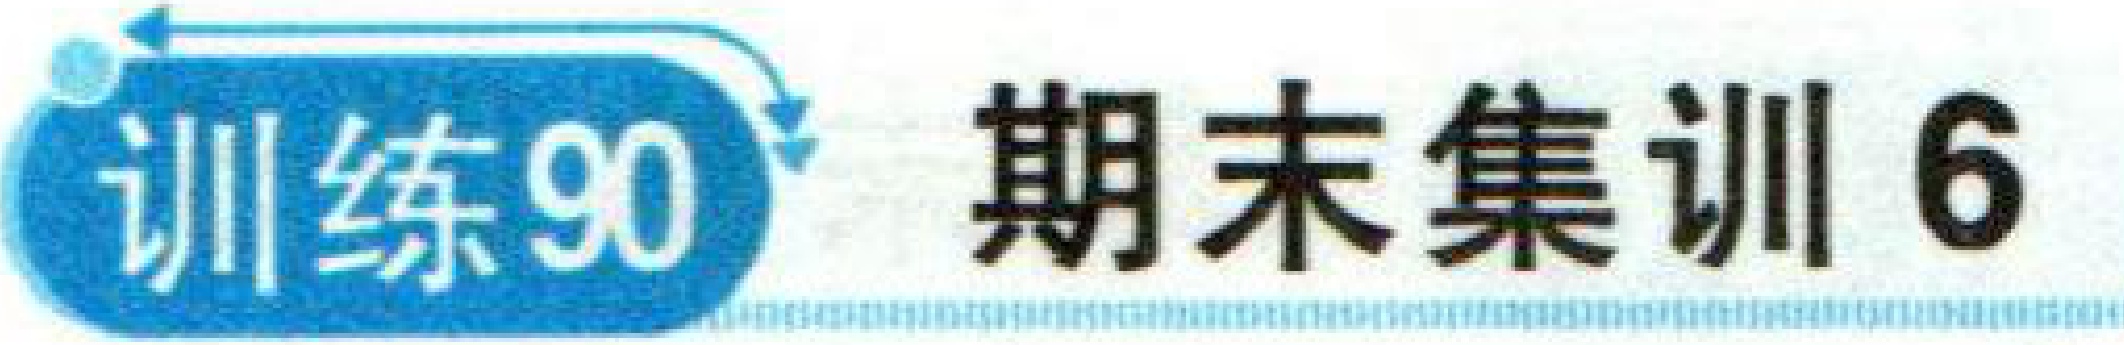
![图片内容](https://latex.artofproblemsolving.com/svgtex3/0c/11499c9c186199d68c8168826c67d22601c199.svg)训练90 期末集训6